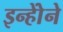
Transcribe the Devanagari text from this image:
इन्होेंने